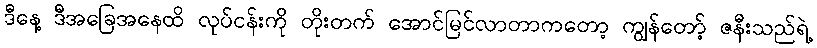
ဒီနေ့ ဒီအခြေအနေထိ လုပ်ငန်းကို တိုးတက် အောင်မြင်လာတာကတော့ ကျွန်တော့် ဇနီးသည်ရဲ့